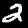
Label: 2